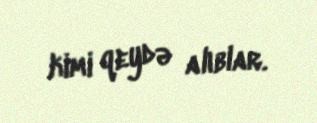
kimi qeydə alıblar.